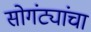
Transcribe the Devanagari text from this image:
सोगंट्यांचा